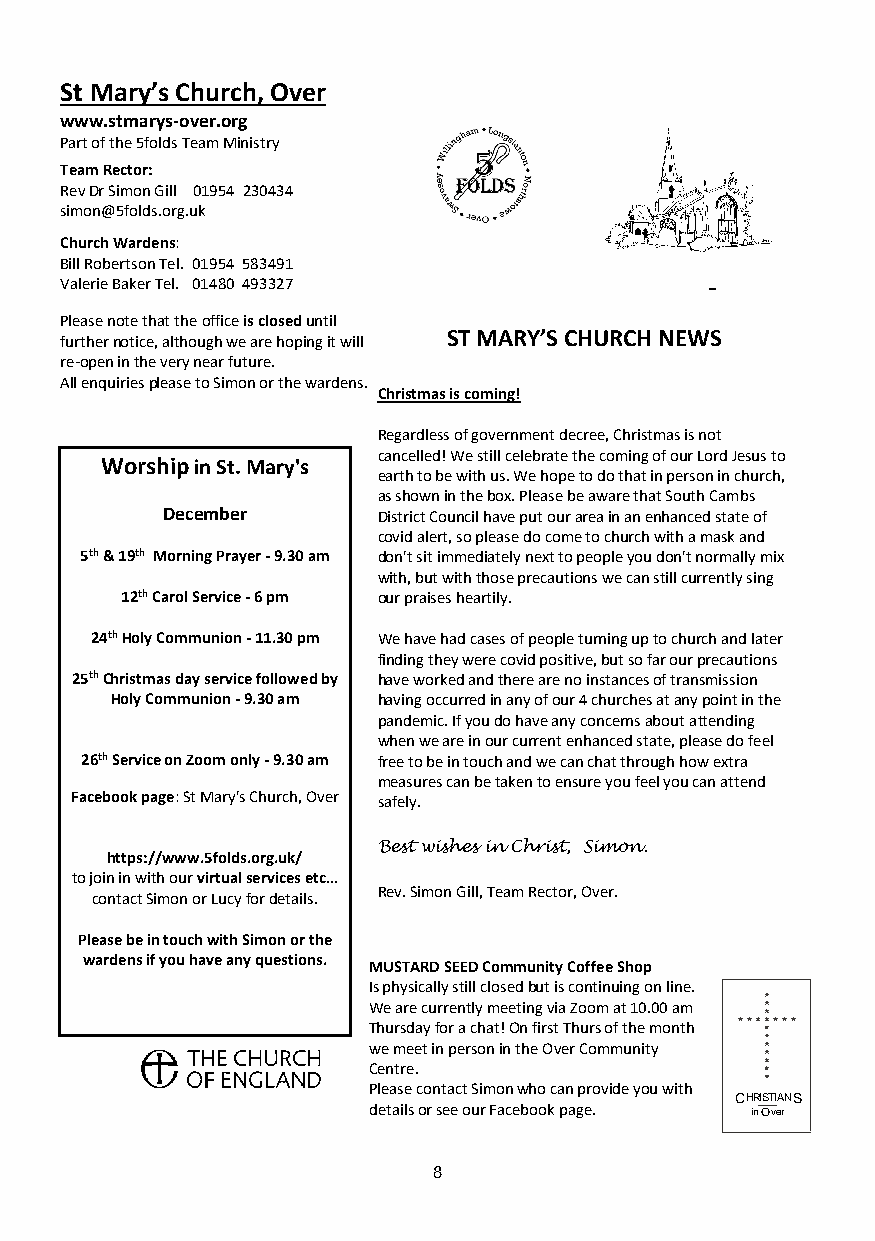
ADVERT                                       ADVERT
 St Mary’s Church, Over
 www.stmarys-over.org
 Part of the 5folds Team Ministry
 Team Rector:
 Rev Dr Simon Gill 01954 230434
 simon@5folds.org.uk
 Church Wardens:
 Bill Robertson Tel. 01954 5 83491
 Valerie Baker Tel. 01480 493327
 Please note that the office is closed until
 further notice, although we are hoping it will
 ST MARY’S CHURCH NEWS
 re-open in the very near future.
 All enquiri es please to Simon or the wardens.
 Christmas is coming!
 Regardless of government decree, Christmas is not
 cancelled! We still celebrate the coming of our Lord Jesus to
 Worship in St. Mary's
 earth to be with us. We hope to do that in person in church,
 as shown in the box. Please be aware that South Cambs
 December      District Council have put our area in an enhanced state of
 covid alert, so please do come to church with a mask and
 5th & 19 th Morning Prayer - 9.30 am don't sit immediately next to people you don't normally mix
 with, but with those precautions we can still currently sing
 12th Carol Service - 6 pm our praises heartily.
 24th Holy Communion - 11.30 pm We have had cases of people turning up to church and later
 finding they were covid positive, but so far our precautions
 25th Christmas day service followed by have worked and there are no instances of transmission
 Holy Communion - 9.30 am having occurred in any of our 4 churches at any point in the
 pandemic. If you do have any concerns about attending
 when we are in our current enhanced state, please do feel
 26th Service on Zoom only - 9.30 am free to be in touch and we can chat through how extra
 measures can be taken to ensure you feel you can attend
 Facebook page: St Mary's Church, Over safely.
 Best wishes in Christ, Simon.
 https://www.5folds.org.uk/
 to join in with our virtual services etc…
 Rev. Simon Gill, Team Rector, Over.
 contact Simon or Lucy for details.
 Please be in touch with Simon or the
 wardens if you have any questions.
 MUSTARD SEED Community Coffee Shop
 Is physically still closed but is continuing on line.
 We are currently meeting via Zoom at 10.00 am
 Thursday for a chat! On first Thurs of the month
 we meet in person in the Over Community
 Centre.
 Please contact Simon who can provide you with
 CHHRRIISSTTIIAANNS
 details or see our Facebook page. in OOver
 ADVERT                   88                  ADVERT